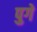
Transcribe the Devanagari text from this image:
पुगे